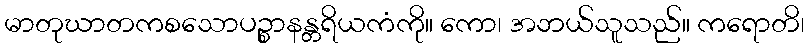
မာတုဃာတကစသောပဉ္စာနန္တရိယကံကို။ ကော၊ အဘယ်သူသည်။ ကရောတိ၊